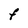
Character: F